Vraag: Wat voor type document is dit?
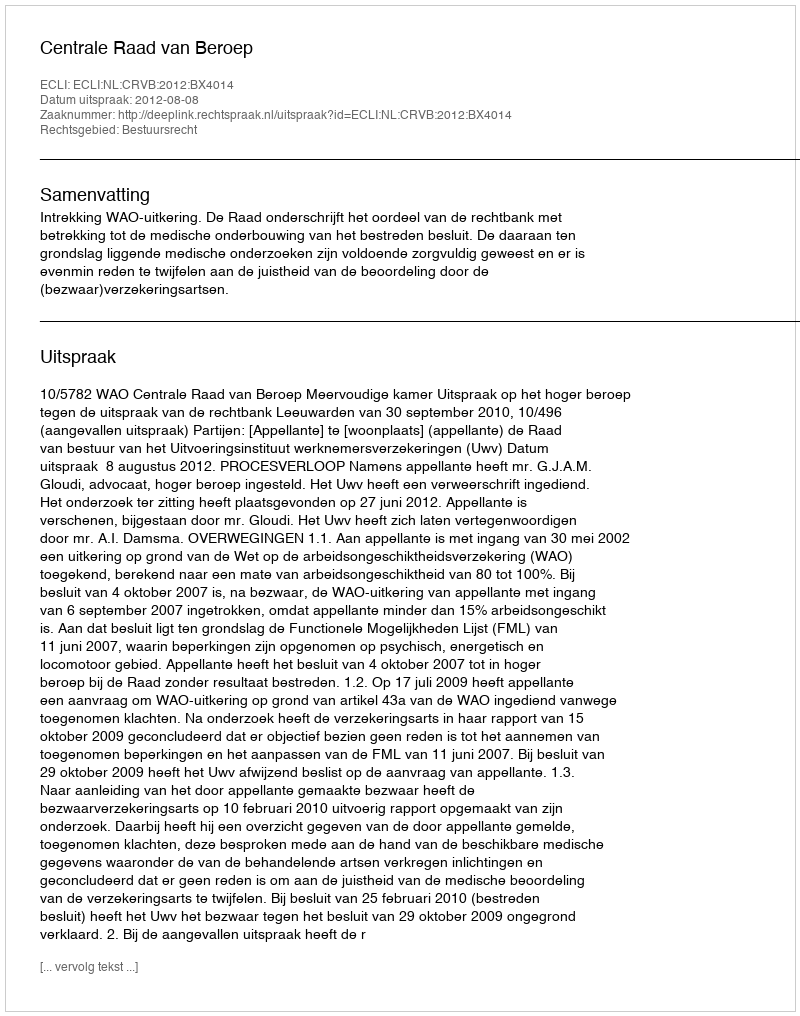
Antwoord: Uitspraak